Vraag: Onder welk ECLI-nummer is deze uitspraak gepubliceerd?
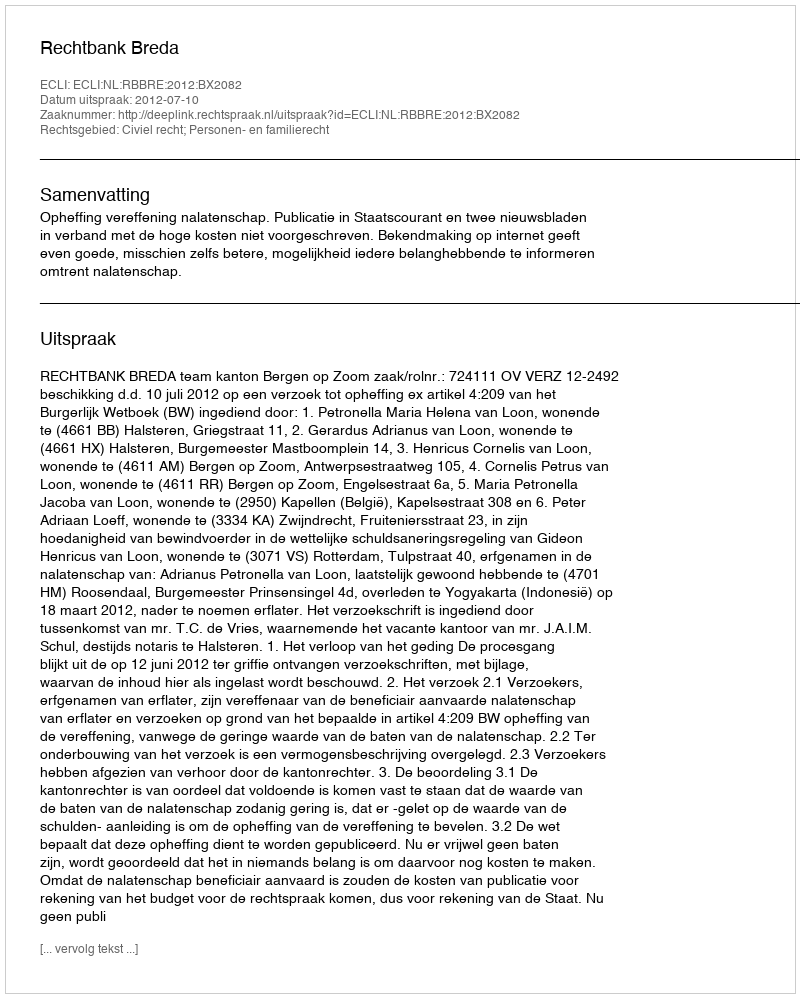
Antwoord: ECLI:NL:RBBRE:2012:BX2082